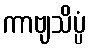
ကာဗျသိပ္ပံ